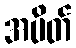
အပိတ်